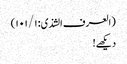
(العرف الشذی: ۱۰۱/۱)
دیکھے!